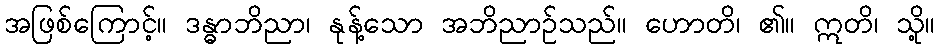
အဖြစ်ကြောင့်။ ဒန္ဓာဘိညာ၊ နုန့်သော အဘိညာဉ်သည်။ ဟောတိ၊ ၏။ ဣတိ၊ သို့။